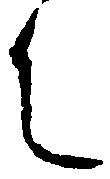
升